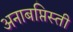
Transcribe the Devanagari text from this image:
अनाबप्तिस्ती